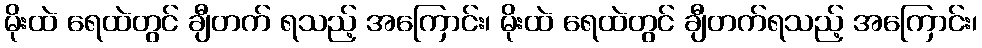
မိုးထဲ ရေထဲတွင် ချီတက် ရသည့် အကြောင်း၊ မိုးထဲ ရေထဲတွင် ချီတက်ရသည့် အကြောင်း၊